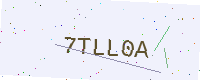
Text: 7TLL0A